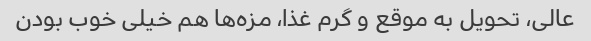
عالی، تحویل به موقع و گرم غذا، مزه‌ها هم خیلی خوب بودن